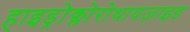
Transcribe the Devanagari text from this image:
हाइड्रोक्लोरोथायज़ाइड